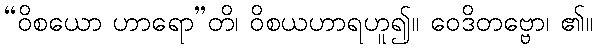
“ဝိစယော ဟာရော”တိ၊ ဝိစယဟာရဟူ၍။ ဝေဒိတဗ္ဗော၊ ၏။